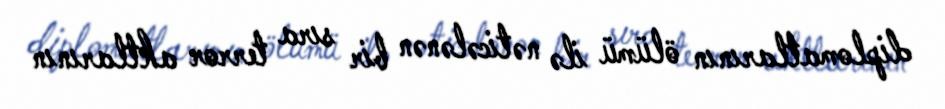
diplomatlarının ölümü ilə nəticələnən bir sıra terror aktlarının